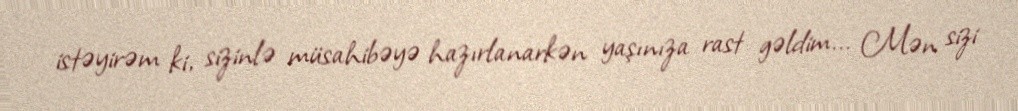
istəyirəm ki, sizinlə müsahibəyə hazırlanarkən yaşınıza rast gəldim... Mən sizi